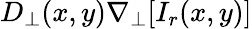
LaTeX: D_{\perp}(x,y)\nabla_{\perp}[I_{r}(x,y)]